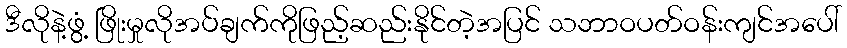
ဒီလိုနဲ့ဖွံ့ ဖြိုးမှုလိုအပ်ချက်ကိုဖြည့်ဆည်းနိုင်တဲ့အပြင် သဘာဝပတ်ဝန်းကျင်အပေါ်